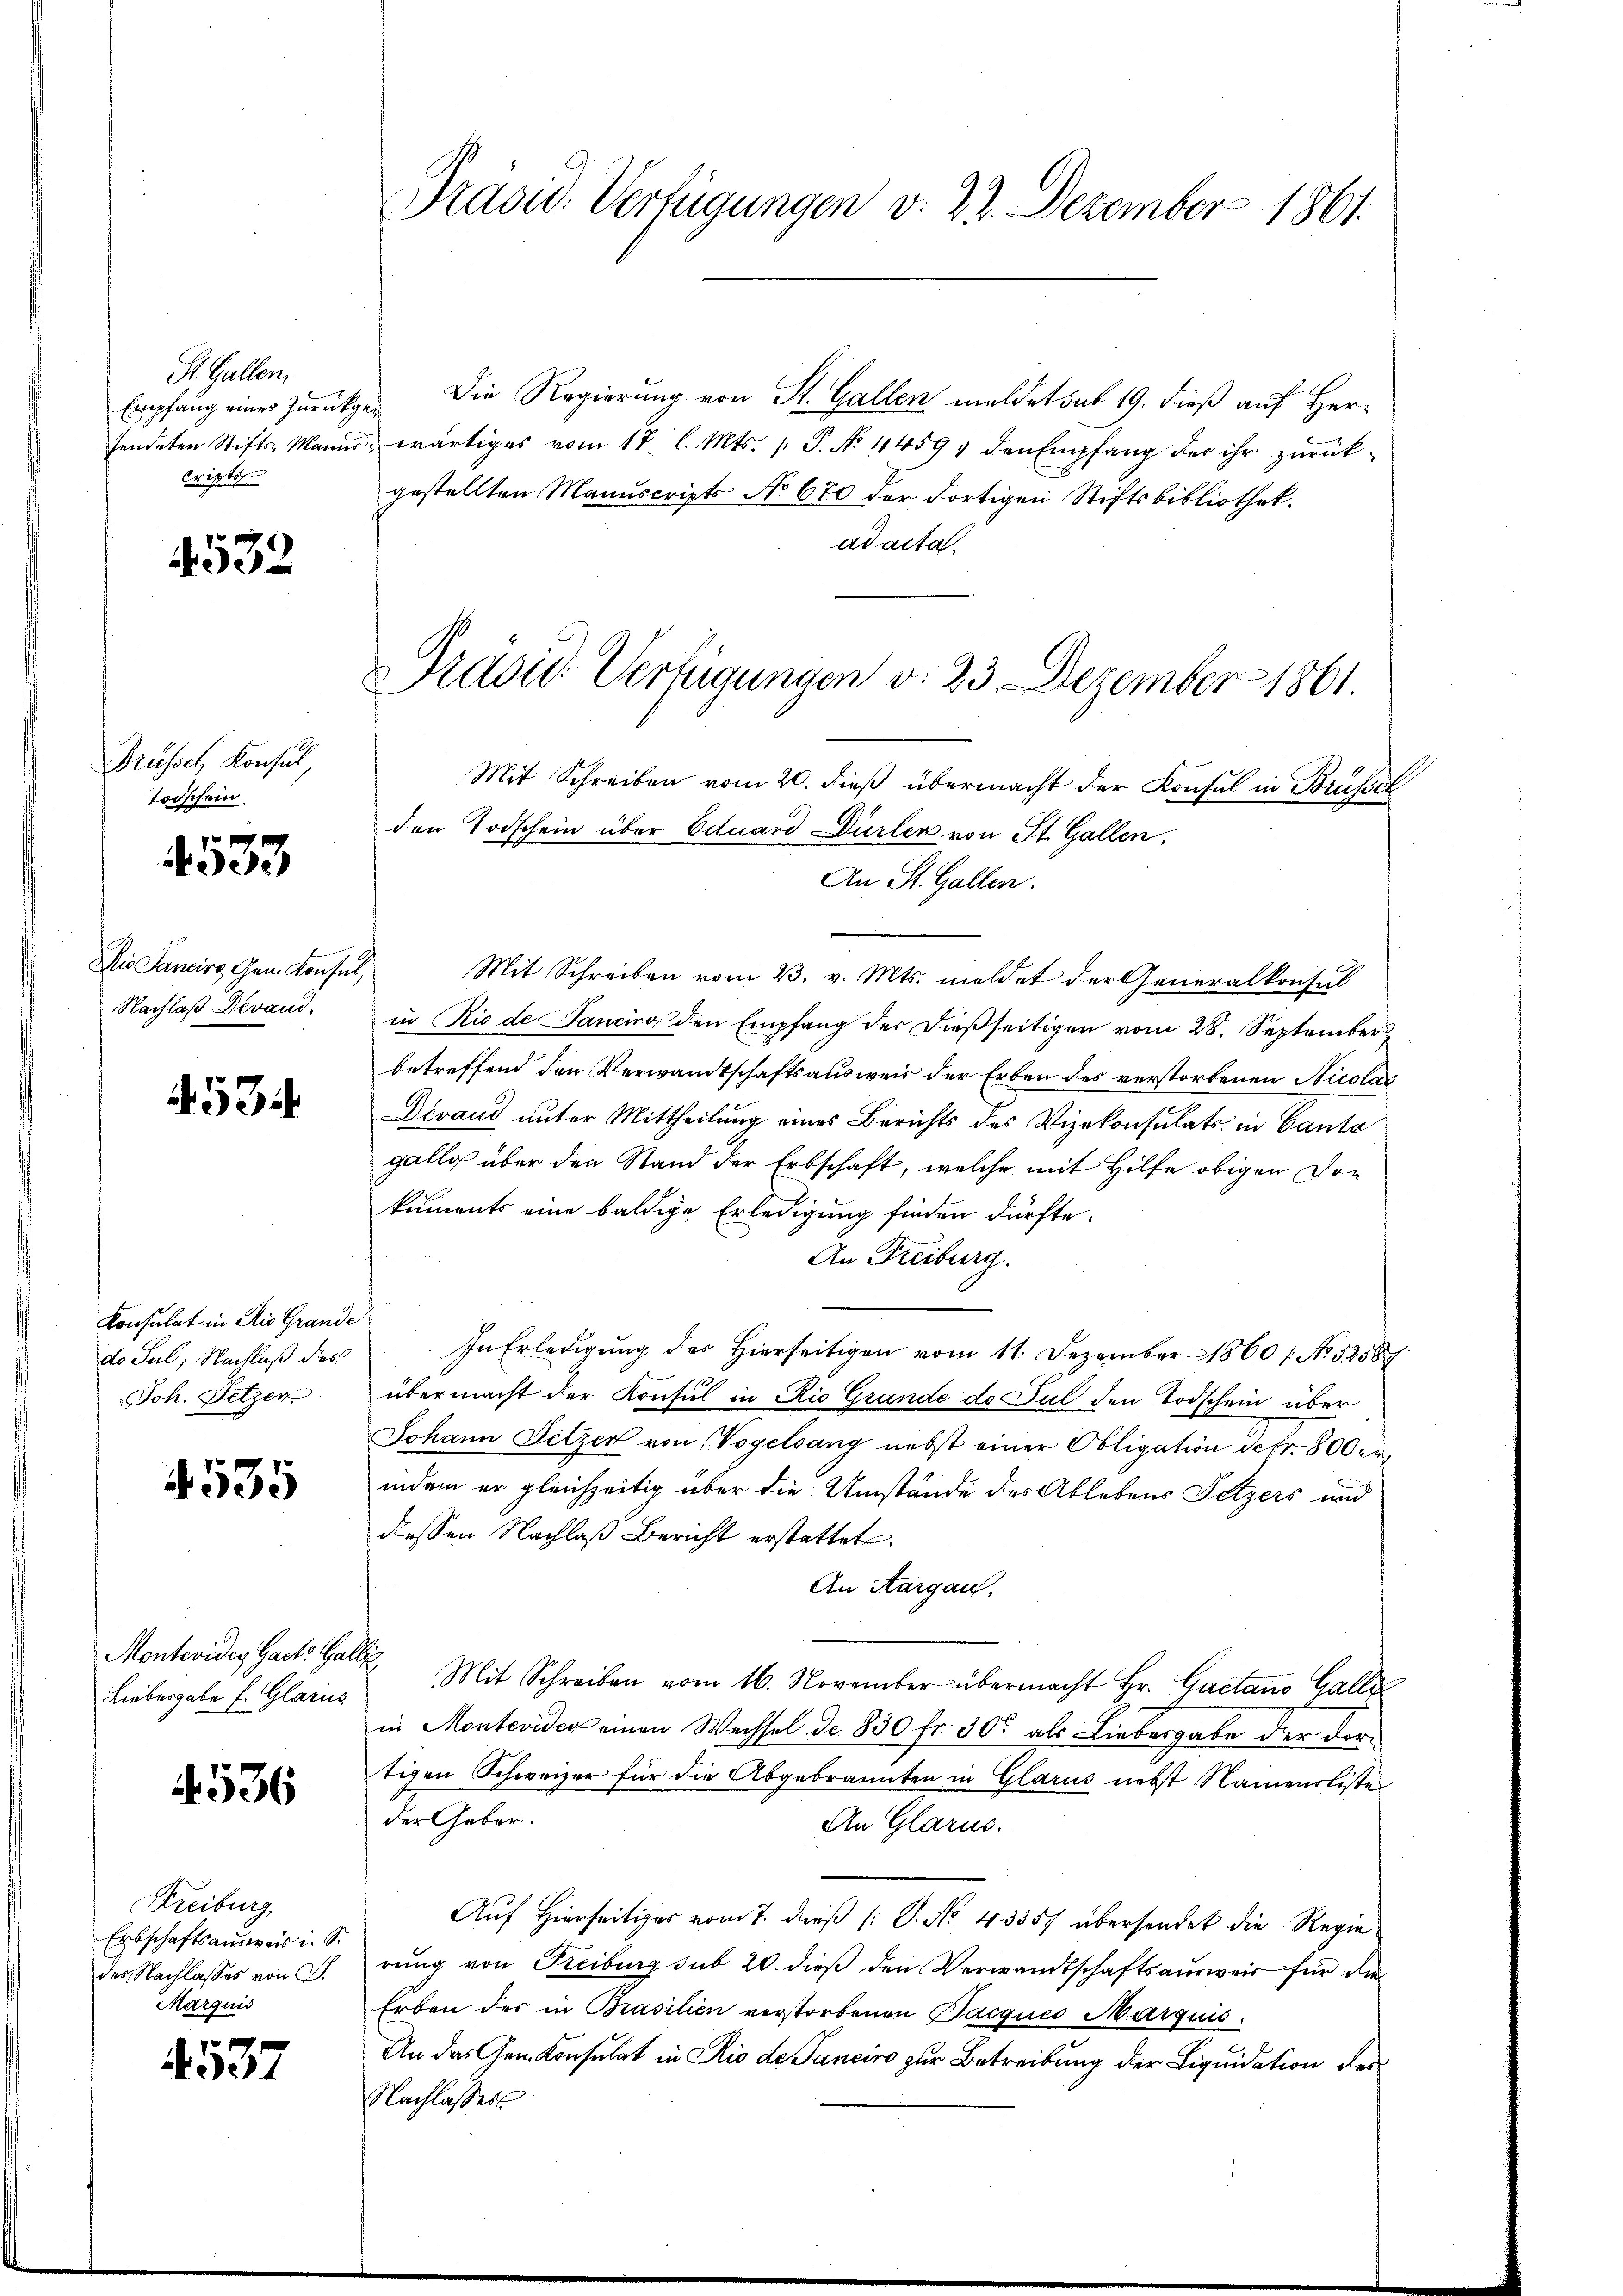
St. Gallen,
Empfang eines Zurückg
criptis

4532

Brüssel, Konsul,
Todschein.

4533

Die Sancire, Gen. Konsul,
Nachlaß Devand.

534

Konsulat in die Grande
do Sul; Nachlaß des
Joh. Setzer

4535

Monteviden Garte Galle
Liebergabe f. Glarus

4536

Freiburg
Erbschaftsausweis i. S.
des Nachlasses von G.
Marquis

4537

Präsid. Verfügungen v. 22. Dezember 1861.

Pravić-Verfügungen v. 23. Dezember 1861.
Mit Schreiben vom 20. dieß übermacht der Konsul in Brüssel
den Todschein über Eduard Dürler von St. Gallen.
An St. Gallen.

Die Regierung von St. Gallen meldet sub 19. dieß auf Herif
sendeten Stifts Manns, wärtiges vom 18. l. Mts. 1. P. N. 4459) den Empfang der ihr zurück-
gestellten Manuscripts No 670 der dortigen Stiftsbibliothek.
ad acta.
Mit Schreiben vom 23. v. Mts. meldet der Generalkonsul
in Rio de Sanciro den Empfang der dießseitigen vom 28. September
betreffend den Verwandtschaftsausweis der Erben des verstorbenen Nicolas
Devaud unter Mittheilung eines Berichts des Vizekonsulats in Canto
gallg über den Stand der Erbschaft, welche mit Hilfe obigen Donkuments eine baldige Erledigung finden dürfte.
An Freiburg.
In Erledigŭng des hierseitigen vom 11. Dezember 1860 / No 52587
übermacht der Konsul in Rio Grande de Jul den Todschein über
Johann Setzer von Vogelsang nebst einer Obligation defr. 800 er
indem er gleichzeitig über die Umstände des Ablebens Fetzers und
dessen Nachlaβ Bericht erstattet.
An Aargau.
Mit Schreiben vom 16. November übermacht Hr. Gactano Galle
in Monteviden einen Wechsel de 830 fr. 300 als Liebergabe der dortigen Schweizer für die Abgebrannten in Glarus nebst Namensliste
der Geber.
An Glarus.
Auf Hierseitiges vom 7. dieß (: P. No. 43357 übersendet die Regie
rung von Freiburg sub 20. dieß den Verwandtschaftsausweis für die
Erben des in Brasilien verstorbenen Pacques Marquis.
An das Gem. Konsulat in Rio de Sanciro zur Betreibung der Liquidation des
Nachlasses